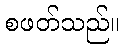
စဖတ်သည်။